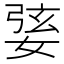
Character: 婱